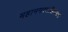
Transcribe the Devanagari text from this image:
महानगरपालिकेमध्ये